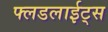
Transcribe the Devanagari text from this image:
फ्लडलाईट्स